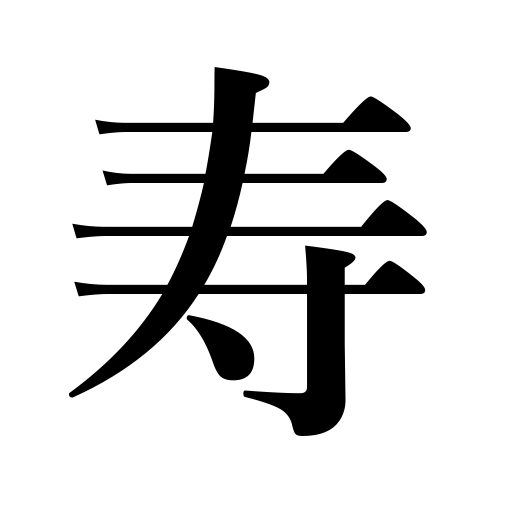
Meanings: age,long life,congratulations,longevity,one's natural life